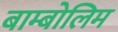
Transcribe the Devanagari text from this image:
बाम्बोलिम